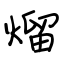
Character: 熘